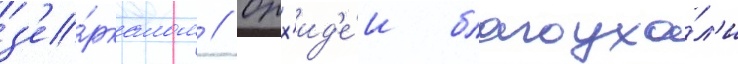
з'е́ркалом // Орх'ид'е́и благоуха́л'и